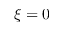
\xi = 0